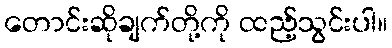
တောင်းဆိုချက်တို့ကို ထည့်သွင်းပါ။